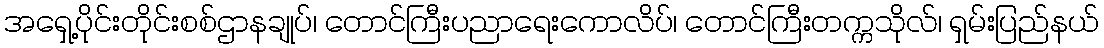
အရှေ့ပိုင်းတိုင်းစစ်ဌာနချုပ်၊ တောင်ကြီးပညာရေးကောလိပ်၊ တောင်ကြီးတက္ကသိုလ်၊ ရှမ်းပြည်နယ်